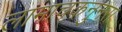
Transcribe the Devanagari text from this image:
लामाचकनुनरा